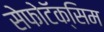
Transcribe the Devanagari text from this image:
सेफोटॅक्सिम